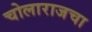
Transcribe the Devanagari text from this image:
चोलाराजचा